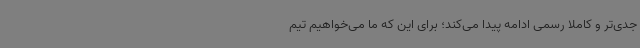
جدی‌تر و کاملا رسمی ادامه پیدا می‌کند؛ برای این که ما می‌خواهیم تیم